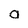
Character: O